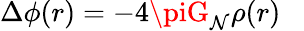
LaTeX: \Delta\phi(r)=-4\piG_{\mathcal{N}}\rho(r)\; \; \;